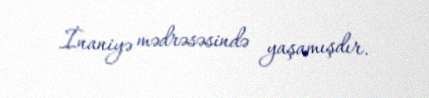
İnaniyə mədrəsəsində yaşamışdır.